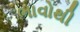
ભાવોથી